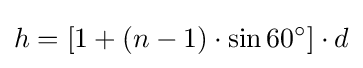
h=[1+(n-1)\cdot \sin 60^{\circ }]\cdot d